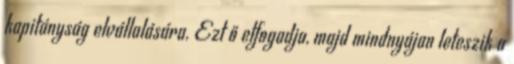
kapitányság elvállalására. Ezt ő elfogadja, majd mindnyájan leteszik a